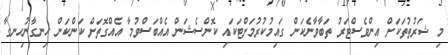
މި ޝަރުތުތަކަށް އިންވެސްޓަރު ތަބާވާނެކަން ގައިމުކުރުމަށްޓަކައި ކޮންސެޝަން އެއްބަސްވުމާ އެއްގޮތަށް ކަންކަން ހިނގާނުހިނގާ